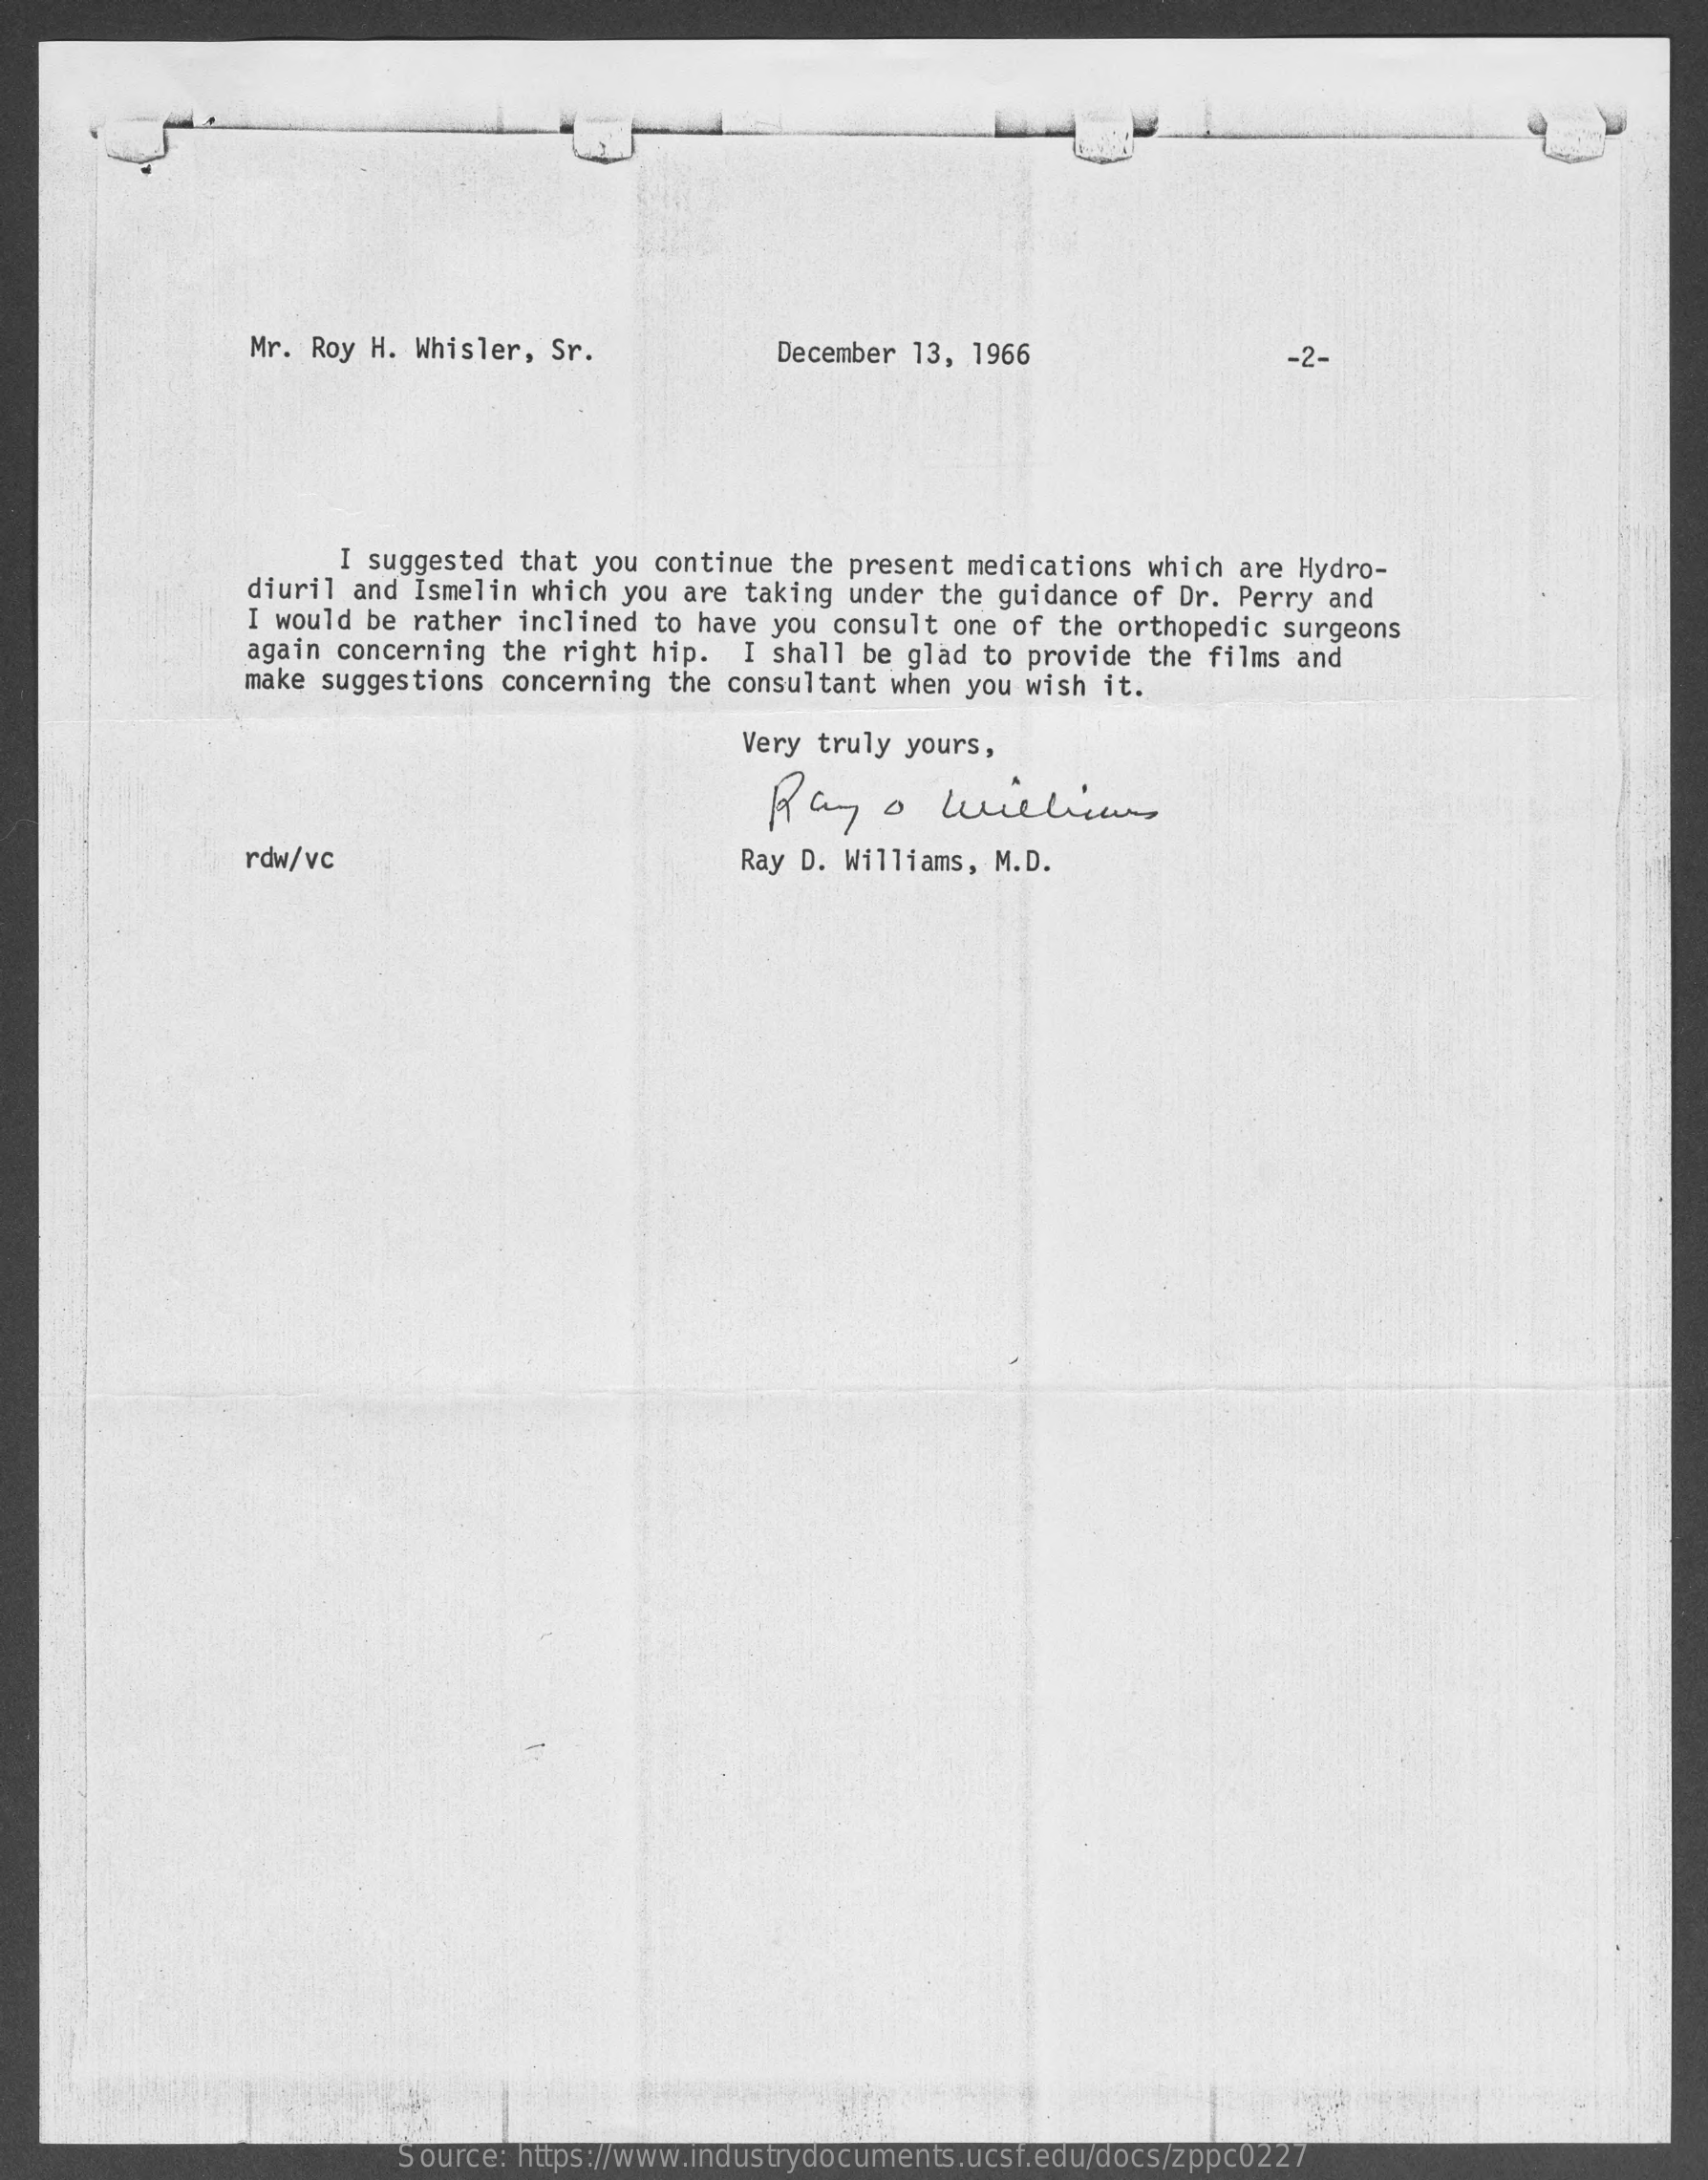
Mr. Roy H. Whisler, Sr.    December 13, 1966    -2-
     I suggested that you continue the present medications which are Hydro-
     diuril and Ismelin which you are taking under the guidance of Dr. Perry and
     I would be rather inclined to have you consult one of the orthopedic surgeons
     again concerning the right hip. I shall be glad to provide the films and
     make suggestions concerning the consultant when you wish it.
     Very truly yours,
     Ray  o   williams
     rdw/vc    Ray D. Williams, M.D.
     Source: https://www.industrydocuments.ucsf.edu/docs/zppc0227